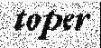
toper